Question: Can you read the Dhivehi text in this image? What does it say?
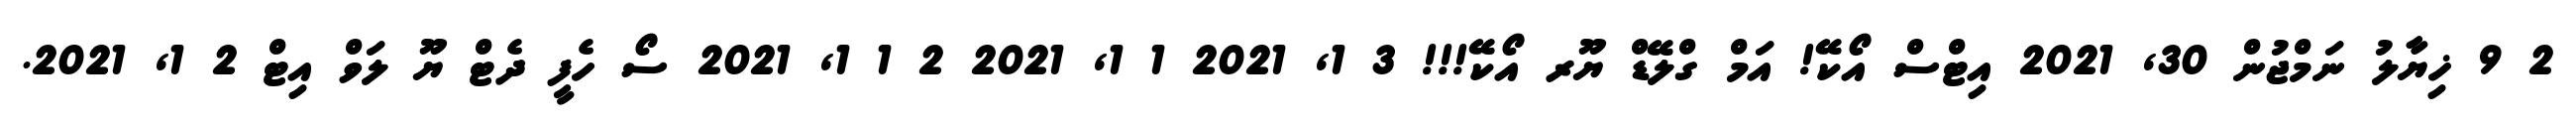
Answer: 2 9 ޚިޔާލު ނަމްޖުން 30, 2021 އިޓްސް އޯކޭ! އަމް ގްލޭޑް ޔޫރ އޯކޭ!!! 3 1, 2021 1 1, 2021 2 1 1, 2021 ސޯ ހެފީ ދެޓް ޔޫ ލަވް އިޓް 2 1, 2021.